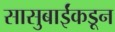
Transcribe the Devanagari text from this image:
सासुबाईंकडून